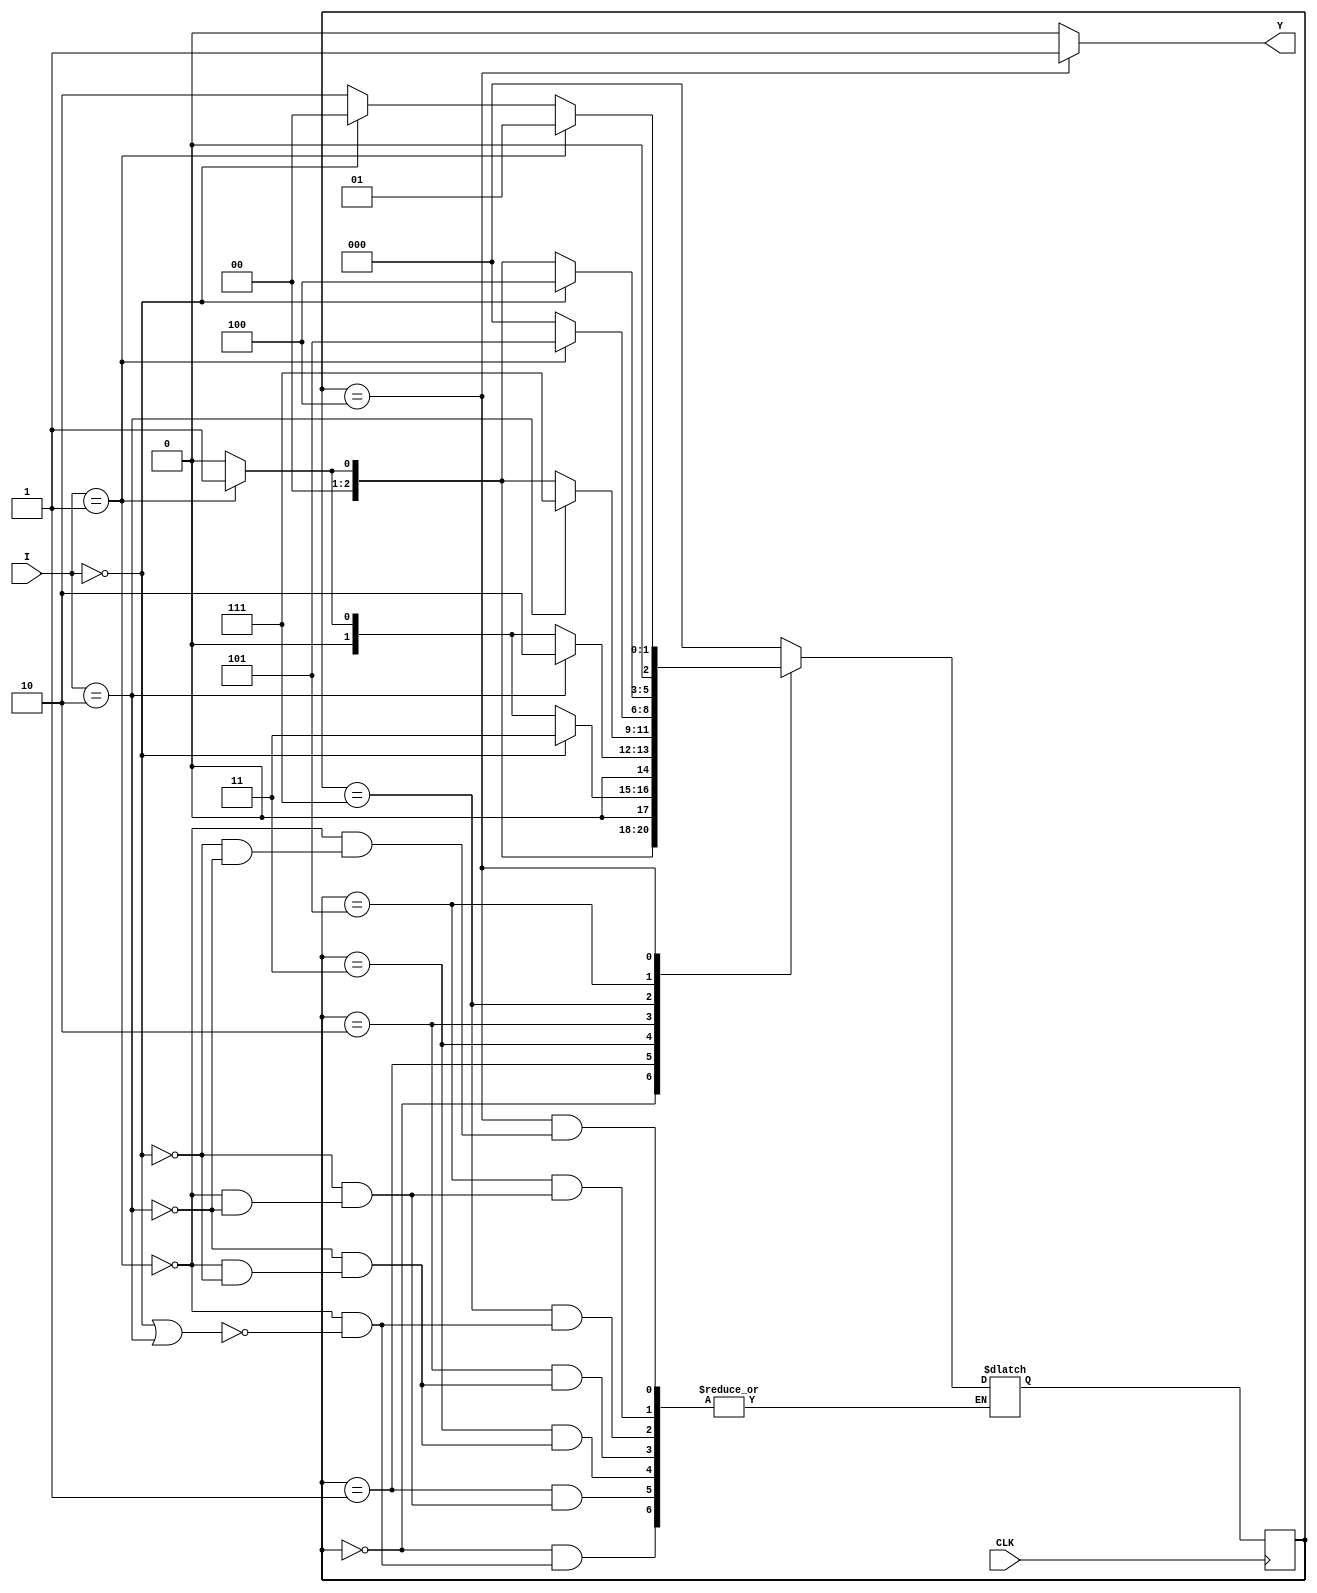
// SB : Task 1 B : Finite State Machine
/*
Instructions
-------------------
Students are not allowed to make any changes in the Module declaration.
This file is used to design a Finite State Machine.

Recommended Quartus Version : 19.1
The submitted project file must be 19.1 compatible as the evaluation will be done on Quartus Prime Lite 19.1.

Warning: The error due to compatibility will not be entertained.
			Do not make any changes to Test_Bench_Vector.txt file. Violating will result into Disqualification.
-------------------
*/

//Finite State Machine design
//Inputs  : I (4 bit) and CLK (clock)
//Output  : Y (Y = 1 when 102210 sequence(decimal number sequence) is detected)
//s0=
//////////////////DO NOT MAKE ANY CHANGES IN MODULE//////////////////
module fsm(
	input  CLK,			  //Clock
	input [3:0]I,       //INPUT I
	output  reg Y		  //OUTPUT Y
);
////////////////////////WRITE YOUR CODE FROM HERE//////////////////// 
// Tip : Write your code such that Quartus Generates a State Machine 
//			(Tools > Netlist Viewers > State Machine Viewer).
// 		For doing so, you will have to properly declare State Variables of the
//       State Machine and also perform State Assignments correctly.
//			Use Verilog case statement to design.
/*
reg Y1 = 0;
assign Y = Y1;*/
initial Y<=0;

localparam  S0=3'b000, //S0 State
				S1=3'b001, //S1 State
				S2=3'b011, //S2 State
				S3=3'b010, //S3 State
				S4=3'b111, //S4 State
				S5=3'b101, //S5 State
            S6=3'b100; //S6 State
reg[2:0] current_state,next_state;//sequential memory of moore FSM

always @(posedge CLK)
current_state<=next_state;

//combinaitional logic of FSM
always @(current_state,I[3:0])
begin
     case(current_state)
	  S0:begin
	     if(I[3:0]==4'b0001)
		     next_state<=S1;
		  else if(I[3:0]==4'b0000 | I[3:0]==4'b0010)
		     next_state<=S0;
		  end
	  S1:begin
	     if(I[3:0]==4'b0000)
		     next_state<=S2;
		  else if(I[3:0]==4'b0001)
		     next_state<=S1;
		  else if(I[3:0]==4'b0010)
		     next_state<=S0;
		  end
	  S2:begin
	     if(I[3:0]==4'b0010)
		     next_state<=S3;
		  else if(I[3:0]==4'b0001)
		     next_state<=S1;
		  else if(I[3:0]==4'b0000)
		     next_state<=S0;
		  end
	   S3:begin
		  if(I[3:0]==4'b0010)
		     next_state<=S4;
		  else if(I[3:0]==4'b0001)
		     next_state<=S1;
		  else if(I[3:0]==4'b0000)
		     next_state<=S0;
		  end
		S4:begin
		  if(I[3:0]==4'b0001)
		     next_state<=S5;
		  else if(I[3:0]==4'b0000 | I[3:0]==4'b0010)
		     next_state<=S0;
		  end
		S5:begin
		  if(I[3:0]==4'b0000)
		     next_state<=S6;
		  else if(I[3:0]==4'b0001)
		     next_state<=S1;
		  else if(I[3:0]==4'b0010)
		     next_state<=S0;
		   end
		S6:begin
		  if(I[3:0]==4'b0001)
		     next_state<=S1;
		  else if(I[3:0]==4'b0000)
		     next_state<=S0;
		  else if(I[3:0]==4'b0010)
		     next_state<=S3;
		  end
      default:next_state<=S0;
      endcase
      end
always@(current_state)
begin
     case(current_state)
	  S0:Y<=0;
	  S1:Y<=0;
	  S2:Y<=0;
	  S3:Y<=0;
	  S4:Y<=0;
	  S5:Y<=0;
	  S6:Y<=1;
	  default:Y<=0;
	  endcase
	  end
////////////////////////YOUR CODE ENDS HERE//////////////////////////
endmodule
///////////////////////////////MODULE ENDS///////////////////////////